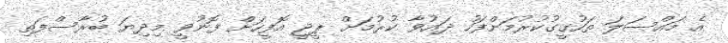
އެ މައްސަލަ ތަހުގީގުކުރުމަށްފަހު ދައުވާ ކުރުމަށް ޕީޖީ އޮފީހަށް ފޮނުވީ މިދިޔަ ބުރާސްފަތި